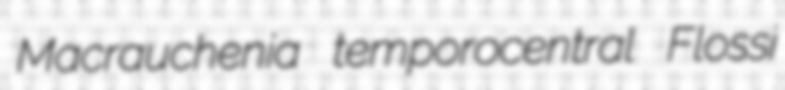
Macrauchenia temporocentral Flossi